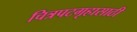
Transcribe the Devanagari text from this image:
चित्रपटगृहासाठी